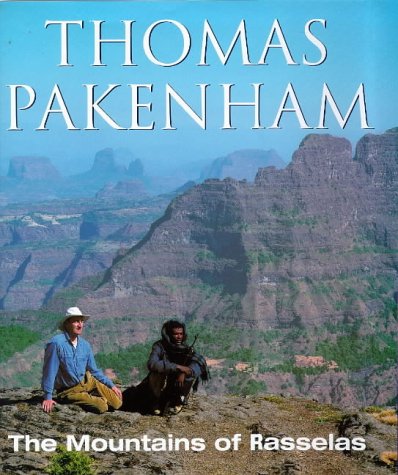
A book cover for The Mountains of Rasselass: An Ethiopian Adventure; THOMAS PAKENHAM; Travel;